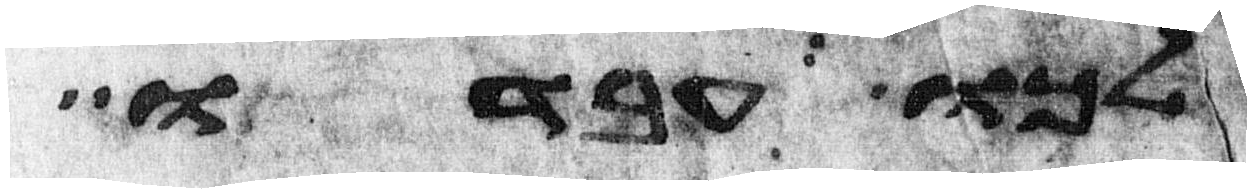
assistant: לכו עבדו